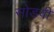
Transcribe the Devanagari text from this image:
सोडवी